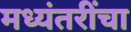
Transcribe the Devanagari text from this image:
मध्यंतरींचा